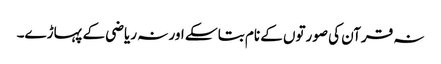
نہ قرآن کی صورتوں کے نام بتا سکے اور نہ ریاضی کے پہاڑے۔